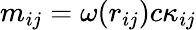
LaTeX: m_{ij}=\omega(r_{ij})c\kappa_{ij}